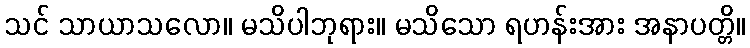
သင် သာယာသလော။ မသိပါဘုရား။ မသိသော ရဟန်းအား အနာပတ္တိ။